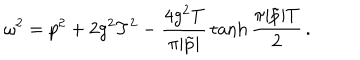
\omega ^ { 2 } = p ^ { 2 } + 2 g ^ { 2 } T ^ { 2 } - { \frac { 4 g ^ { 2 } T } { \pi | \tilde { p } | } } \tanh { \frac { \pi | \tilde { p } | T } { 2 } } \, .